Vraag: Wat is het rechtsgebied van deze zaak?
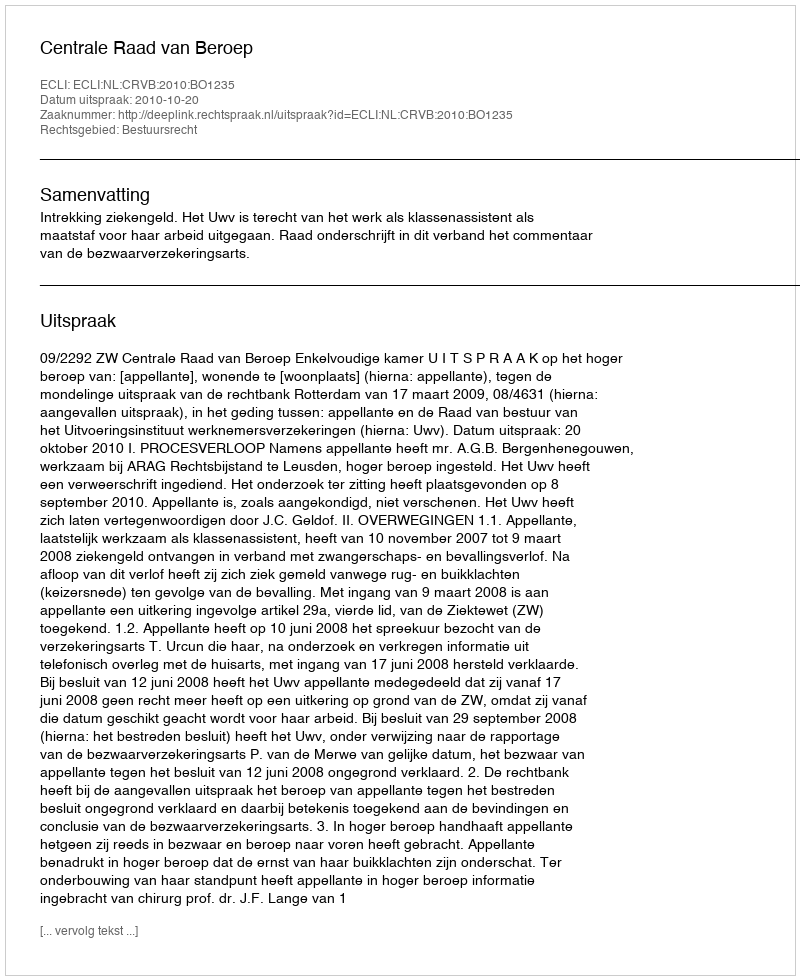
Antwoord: Bestuursrecht